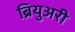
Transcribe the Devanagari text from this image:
ब्रियुअरी